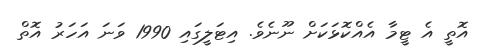
އޮތީ އެ ޓީމާ އެއްކޮޅަކަށް ނޫނެވެ. އިޓަލީގައި 1990 ވަނަ އަހަރު އޮތް